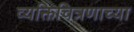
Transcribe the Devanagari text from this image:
व्यक्तिचित्रणाच्या